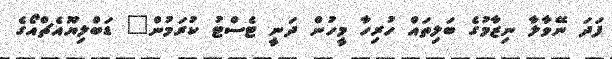
ފަދަ ނޭވާލާ ނިޒާމުގެ ބަލިތައް ހުރިހާ މީހުން ދަނީ ޓެސްޓު ކުރަމުން" ޑަބްލިޔޫއެޗްއޯގެ